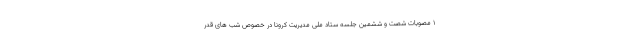
۱ مصوبات شصت و ششمین جلسه ستاد ملی مدیریت کرونا در خصوص شب های قدر